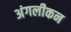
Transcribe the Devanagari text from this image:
अंगलीकन